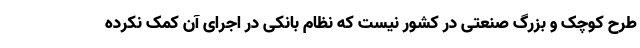
طرح کوچک و بزرگ صنعتی در کشور نیست که نظام بانکی در اجرای آن کمک نکرده